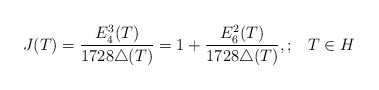
\begin{align*}J(T)= \frac{E_4^3(T)}{1728\triangle(T)}=1 + \frac{E_6^2(T)}{1728 \triangle(T)},;\;\;\;T \in H\end{align*}